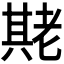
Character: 𬚌